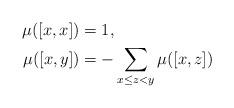
LaTeX: \begin{align*}\mu ([x,x]) &= 1,\\\mu ([x,y]) &= - \sum_{x \leq z < y} \mu([x,z])\end{align*}